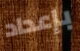
بإعداد